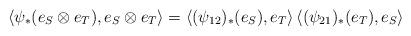
LaTeX: \begin{align*} \langle\psi_* (e_S \otimes e_T ), e_S \otimes e_T\rangle = \langle(\psi_{12})_*(e_S), e_T\rangle \, \langle(\psi_{21})_*(e_T) , e_S\rangle\end{align*}